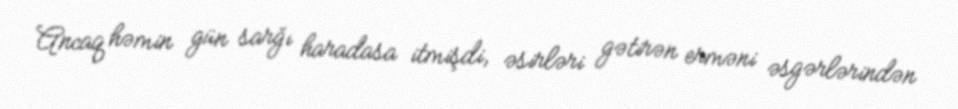
Ancaq həmin gün sarğı haradasa itmişdi, əsirləri gətirən erməni əsgərlərindən